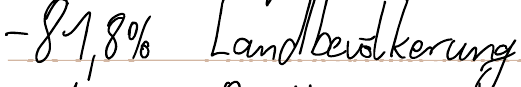
- 81,8% Landbevölkerung